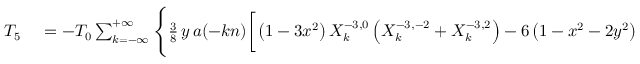
\small \begin{array} { r l } { T _ { 5 } } & { { } = - { \cal T } _ { 0 } \sum _ { k = - \infty } ^ { + \infty } \Bigg \{ \frac { 3 } { 8 } \, y \, a ( - k n ) \bigg [ \left( 1 - 3 x ^ { 2 } \right) X _ { k } ^ { - 3 , 0 } \left( X _ { k } ^ { - 3 , - 2 } + X _ { k } ^ { - 3 , 2 } \right) - 6 \left( 1 - x ^ { 2 } - 2 y ^ { 2 } \right) X _ { k } ^ { - 3 , 2 } X _ { k } ^ { - 3 , - 2 } \bigg ] } \end{array}